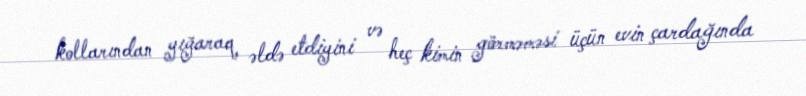
kollarından yığaraq əldə etdiyini və heç kimin görməməsi üçün evin çardağında